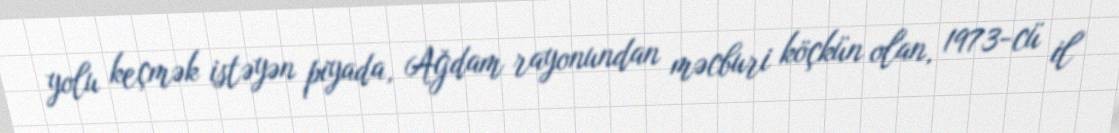
yolu keçmək istəyən piyada, Ağdam rayonundan məcburi köçkün olan, 1973-cü il